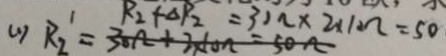
( 1 ) R _ { 2 } ^ { ^ { \prime } } = R _ { 2 } + \Delta R _ { 2 } = 3 0 \Omega \times 2 \times 1 0 \Omega = 5 0